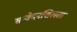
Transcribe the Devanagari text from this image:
सन्वेदनशिलता